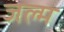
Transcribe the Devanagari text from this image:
जल्म